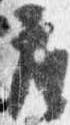
座